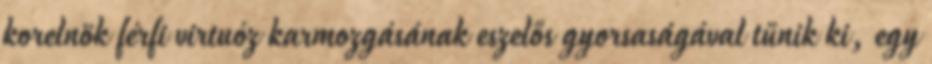
korelnök férfi virtuóz karmozgásának eszelős gyorsaságával tűnik ki, egy